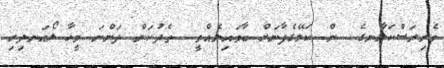
ވެރިރަސްކަލާނގެ  ން ކަލޭގެފާނަށް ބާވައިލެއްވީ  ތެދުކަން ދަންނަ މީހާ ލޯއަނދިރި